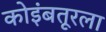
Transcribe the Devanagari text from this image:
कोइंबतूरला